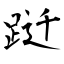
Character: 跹